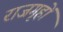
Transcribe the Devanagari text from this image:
राजगृहों